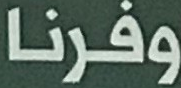
وفرنا